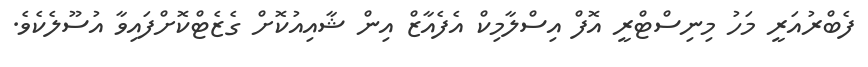
ފެބްރުއަރީ މަހު މިނިސްޓްރީ އޮފް އިސްލާމިކް އެފެއާޒް އިން ޝާއިއުކޮށް ގެޒެޓްކޮށްފައިވާ އުސޫލެކެވެ.